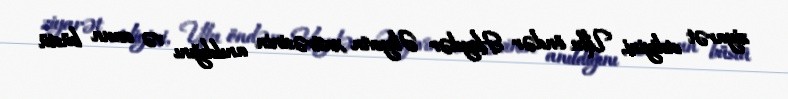
ziyarət etdiyini, Ulu öndər Heydər Əliyevin xatirəsinin anıldığını və onun büstü